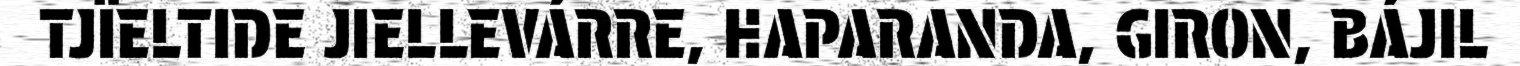
TJÏELTIDE JIELLEVÁRRE, HAPARANDA, GIRON, BÁJIL